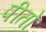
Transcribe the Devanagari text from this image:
पीतो